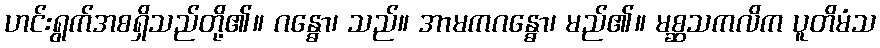
ဟင်းရွက်အစရှိသည်တို့၏။ ဂန္ဓော၊ သည်။ အာမကဂန္ဓော၊ မည်၏။ မစ္ဆသကလိက ပူတိမံသ